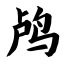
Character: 鸬